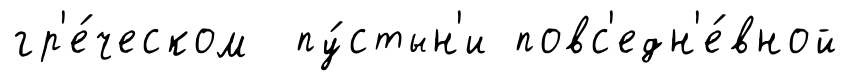
гр'е́ческом пу́стын'и повс'едн'е́вной